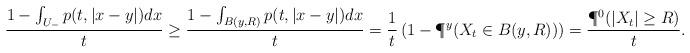
LaTeX: \begin{align*}\frac{1-\int_{U_-} p(t,|x-y|)dx}{t} \ge \frac{1-\int_{B(y,R)} p(t,|x-y|)dx }{t} = \frac{1}{t} \left( 1 - \P^y (X_t \in B(y,R)) \right) = \frac{\P^0 (|X_t| \ge R)}{t}.\end{align*}